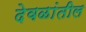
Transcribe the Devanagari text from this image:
देवळांतील